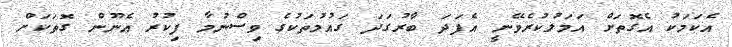
އެކަމަކު އެގޮތަށް އަމަލުކުރެވޭނީ އެފަދަ ބާރުގަދަ ގައުމުތަކުގެ ވިސްނުމާ ފިކުރު އެނޫން ގޮތަކަށް